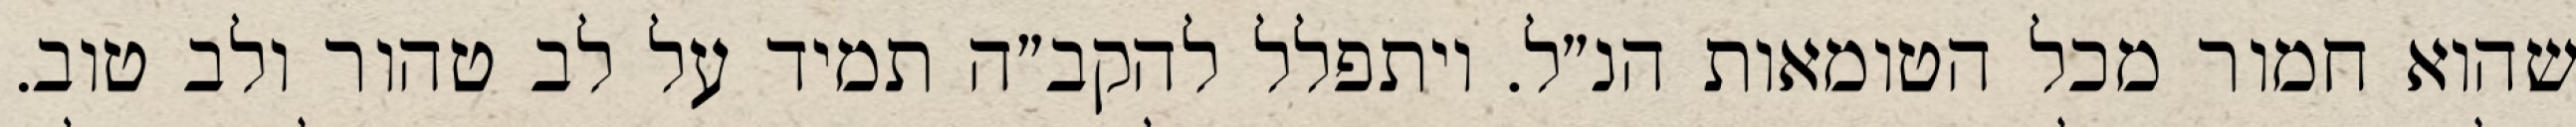
שהוא חמור מכל הטומאות הנ״ל. ויתפלל להקב״ה תמיד על לב טהור ולב טוב.